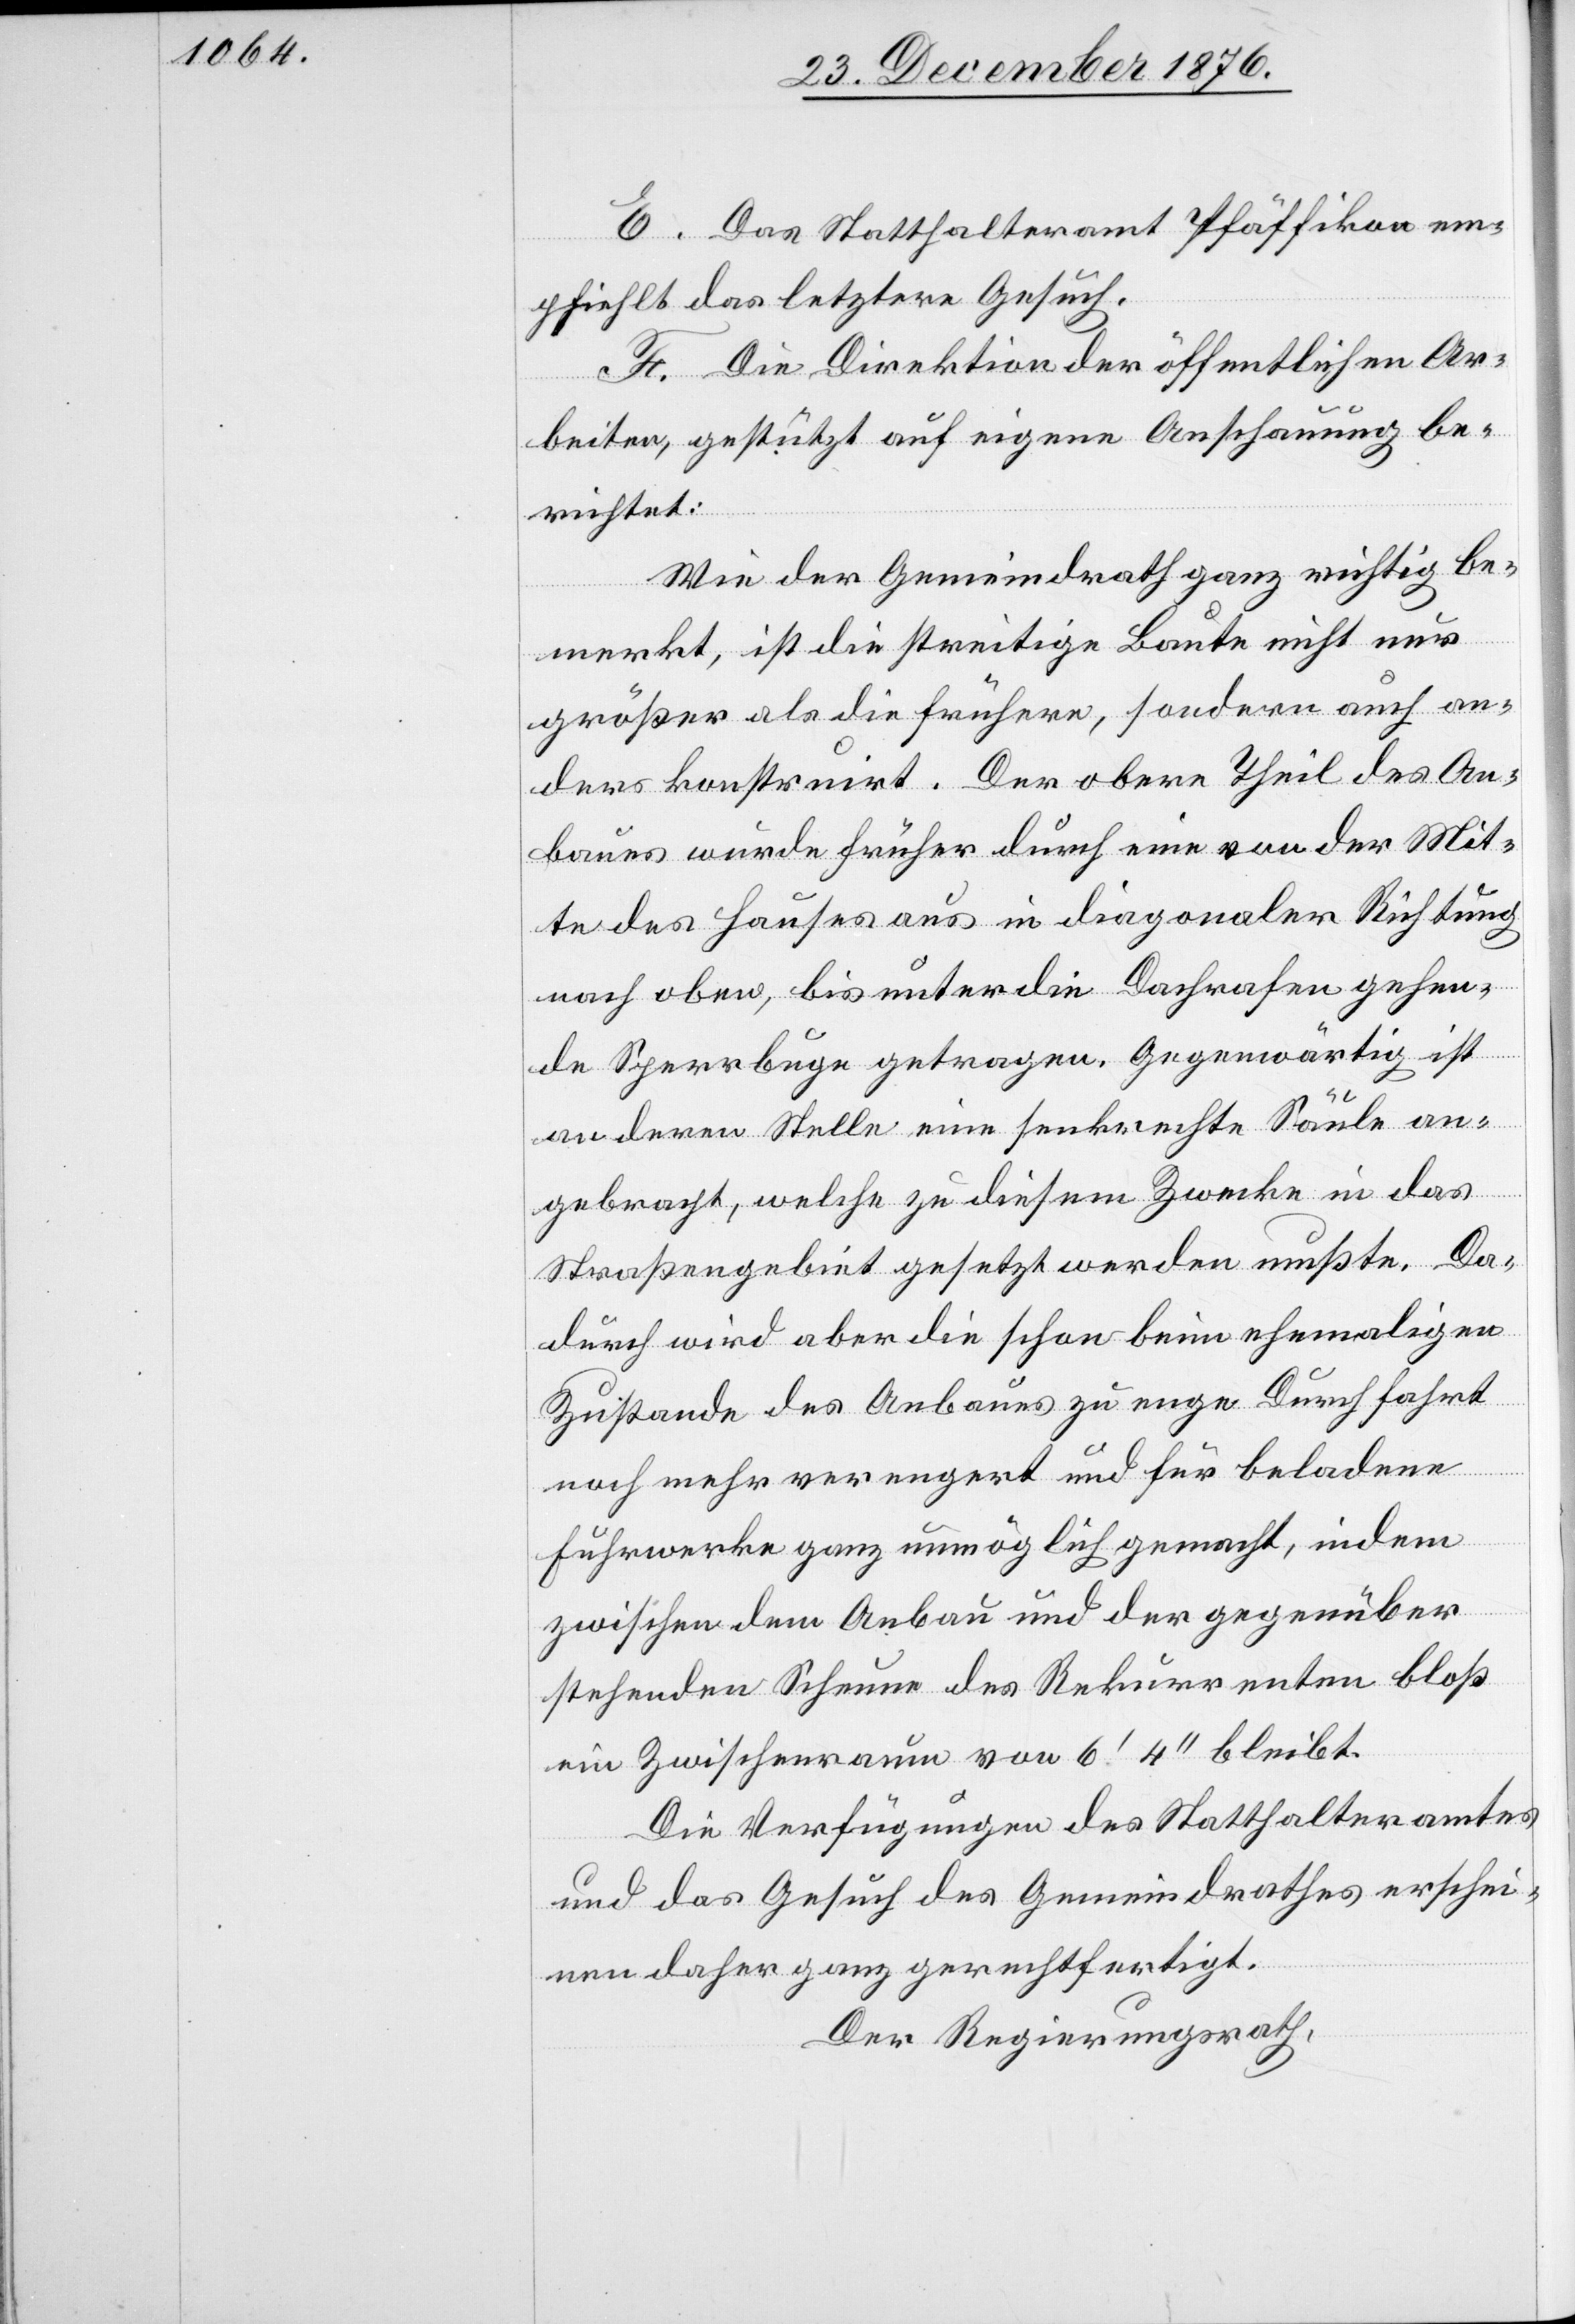
E. Das Statthalteramt Pfäffikon em¬
pfiehlt das letztere Gesuch.
F. Die Direktion der öffentlichen Ar¬
beiten, gestützt auf eigene Anschauung be¬
richtet:
Wie der Gemeindrath ganz richtig be¬
merkt, ist die streitige Baute nicht nur
größer als die frühere, sondern auch an¬
ders konstruirt. Der obere Theil des An¬
baues wurde früher durch eine von der Mit¬
te des Hauses aus in diagonaler Richtung
nach oben, bis unter die Dachrafen gehen¬
de Sperrbuge getragen. Gegenwärtig ist
an deren Stelle eine senkrechte Säule an¬
gebracht, welche zu diesem Zwecke in das
Straßengebiet gesetzt werden mußte. Da¬
durch wird aber die schon beim ehemaligen
Zustande des Anbaues zu enge Durchfahrt
noch mehr verengert und für beladene
Fuhrwerke ganz unmöglich gemacht, indem
zwischen dem Anbau und der gegenüber
stehenden Scheune des Rekurrenten bloß
ein Zwischenraum von 6‘ 4‘‘ bleibt.
Die Verfügungen des Statthalteramtes
und das Gesuch des Gemeindrathes erschie¬
nen daher ganz gerechtfertigt.
Der Regierungsrath,